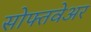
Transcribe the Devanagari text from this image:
सोफ्तवेअर